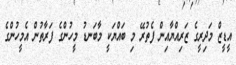
އީޑީޒް މަދިރީގެ ޒަރިއްޔާއިން ފެތުރޭ މި ބައްޔަކީ މާބަނޑު މީހުންގެ ފަރާތުން އެމީހުންގެ